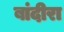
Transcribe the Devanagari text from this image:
बांदीरा